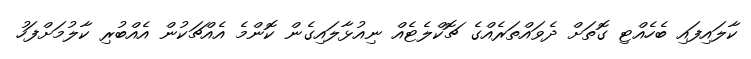
ކާލައިފައި ބެހެއްޓި ގޮތަށް ދެވައްތަރެއްގެ ޗޮކްލެޓެއް ނިއުޅާލައިގެން ކޮންމެ އެއްޗަކުން އެއްބުރި ކާލުމަށްފަހު